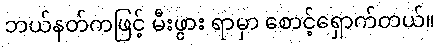
ဘယ်နတ်ကဖြင့် မီးဖွား ရာမှာ စောင့်ရှောက်တယ်။